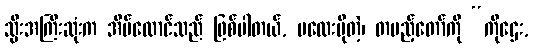
သ္မီးအကြီးဆုံးက အိမ်ထောင်သည် ဖြစ်ပါတယ်, မလေးပိုတဲ့၊ တပည့်တော်ကို “ကိုဌေး,